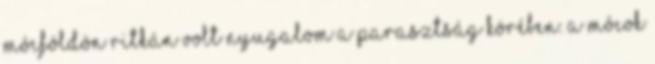
Mócföldön ritkán volt nyugalom a parasztság körében. A mócok